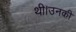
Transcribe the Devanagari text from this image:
थी।उनकीं